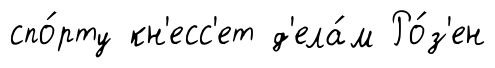
спо́рту кн'есс'ет д'ела́м Ро́з'ен